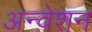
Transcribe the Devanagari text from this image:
अन्वेशन